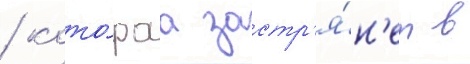
/ кото́раа застр'я́н'ет в